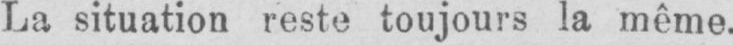
La situation reste toujours la même.